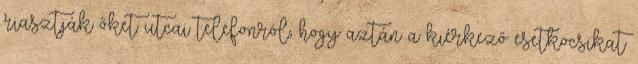
riasztják őket utcai telefonról, hogy aztán a kiérkező esetkocsikat